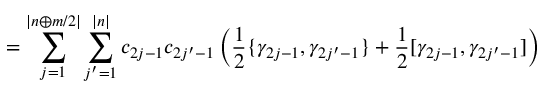
= \sum _ { j = 1 } ^ { | n \oplus m / 2 | } \sum _ { j ^ { \prime } = 1 } ^ { | n | } c _ { 2 j - 1 } c _ { 2 j ^ { \prime } - 1 } \left( \frac { 1 } { 2 } \{ \gamma _ { 2 j - 1 } , \gamma _ { 2 j ^ { \prime } - 1 } \} + \frac { 1 } { 2 } [ \gamma _ { 2 j - 1 } , \gamma _ { 2 j ^ { \prime } - 1 } ] \right)